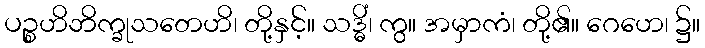
ပဉ္စဟိဘိက္ခုသတေဟိ၊ တို့နှင့်။ သဒ္ဓိံ၊ ကွ။ အမှာကံ၊ တို့၏။ ဂေဟေ၊ ၌။